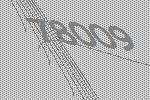
78009